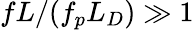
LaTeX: fL/(f_{p}L_{D})\gg 1